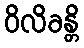
ဝိလိခန္တိ